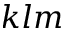
k l m